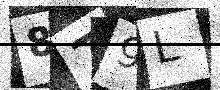
Text: 879L